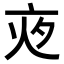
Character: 𡖍